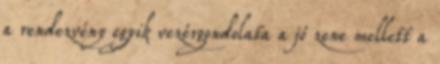
a rendezvény egyik vezérgondolata a jó zene mellett a